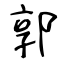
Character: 郭